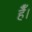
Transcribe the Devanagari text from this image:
हैैँँ।